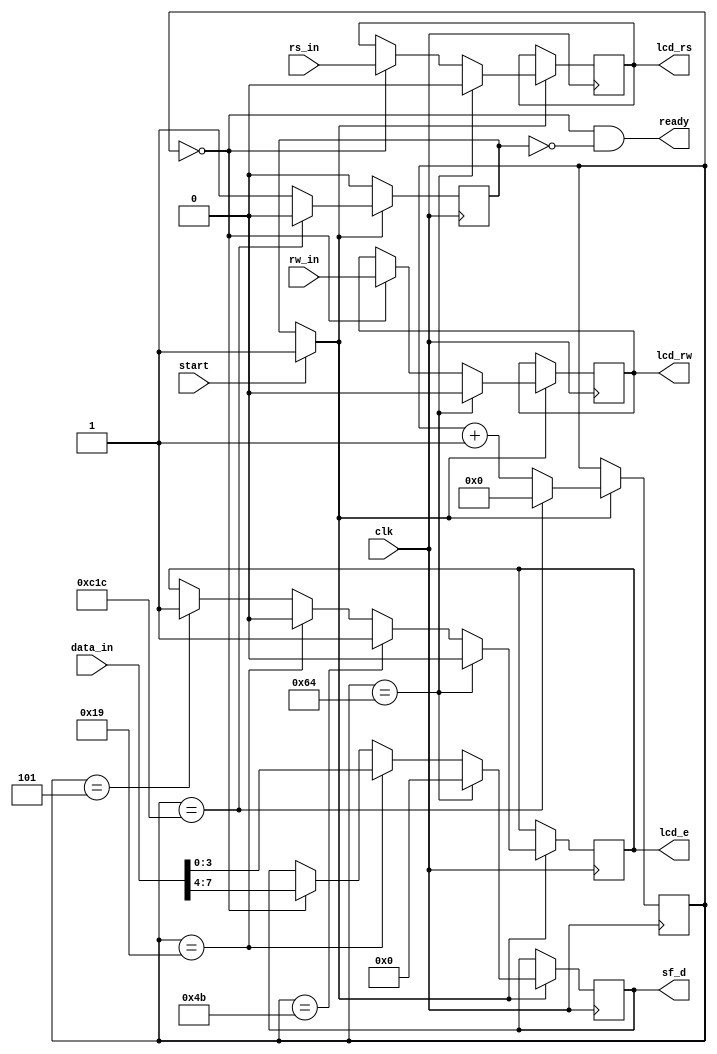
module command_sender(clk, start, rs_in, rw_in, data_in, lcd_rs, sf_d, lcd_rw, lcd_e, ready);

parameter t1 = 5;
parameter t2 = 20;
parameter t3 = 50;
parameter t4 = 25;
parameter t5 = 3000;

// Assigning ports as input/output
input clk;
input start;
input rs_in;
input rw_in;
input [7:0] data_in;

output reg lcd_rs;
output reg [3:0] sf_d;
output reg lcd_rw;
output reg lcd_e;
output ready;

// Instantiating and Initializing Registers
reg [11:0] counter;
initial counter = 0;

reg status;
initial status = 1'b0;

initial
begin
	lcd_rs = 1'b0;
	lcd_rw = 1'b0;
	sf_d = 4'h0;
	lcd_e = 1'b0;
end

// Assigning output wires
assign ready = (counter == 0 & status == 1'b0);

// State Machine
always @(posedge clk)
begin
	// Handling status flag
	if (start)
		status = 1'b1;
	
	// Handling output
	if (status)
	begin
		if (counter == 0)
		begin
			lcd_rs = rs_in;
			sf_d = data_in[7:4];
			lcd_rw = rw_in;
		end
		if (counter == t1)
		begin
			lcd_e = 1'b1;
		end
		if (counter == (t1+t2))
		begin
			lcd_e = 1'b0;
			sf_d = data_in[3:0];
		end
		if (counter == (t1+t2+t3))
		begin
			lcd_e = 1'b1;
		end
		if (counter == (t1+t2+t3+t4))
		begin
			lcd_e = 1'b0;
			lcd_rs = 1'b0;
			lcd_rw = 1'b0;
			sf_d = 4'h0;
			lcd_e = 1'b0;
		end
		if (counter == (t1+t2+t3+t4+t5))
		begin
			counter = 0;
			status = 1'b0;
		end
		else
		begin
			counter = counter + 1;
		end
	end
end

endmodule